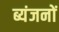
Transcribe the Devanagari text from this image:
ब्यंजनों